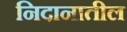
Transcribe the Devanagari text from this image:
निदानातील